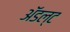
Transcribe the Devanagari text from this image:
ॲडल्ट